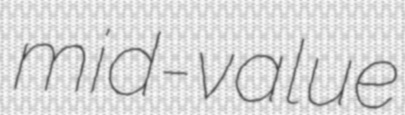
mid-value